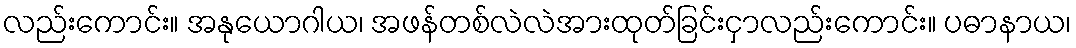
လည်းကောင်း။ အနုယောဂါယ၊ အဖန်တစ်လဲလဲအားထုတ်ခြင်းငှာလည်းကောင်း။ ပဓာနာယ၊